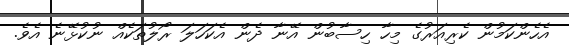
އެހެންކަމުން ކެރިއަރުގެ މިހާ ހިސާބުން އޭނާ ދެން އެކަހަލަ ރޯލުތަކެއް ނުކުޅޭނެ އެވެ.